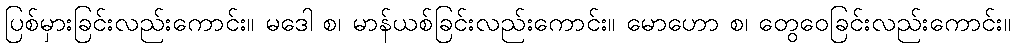
ပြစ်မှားခြင်းလည်းကောင်း။ မဒေါ စ၊ မာန်ယစ်ခြင်းလည်းကောင်း။ မောဟော စ၊ တွေဝေခြင်းလည်းကောင်း။